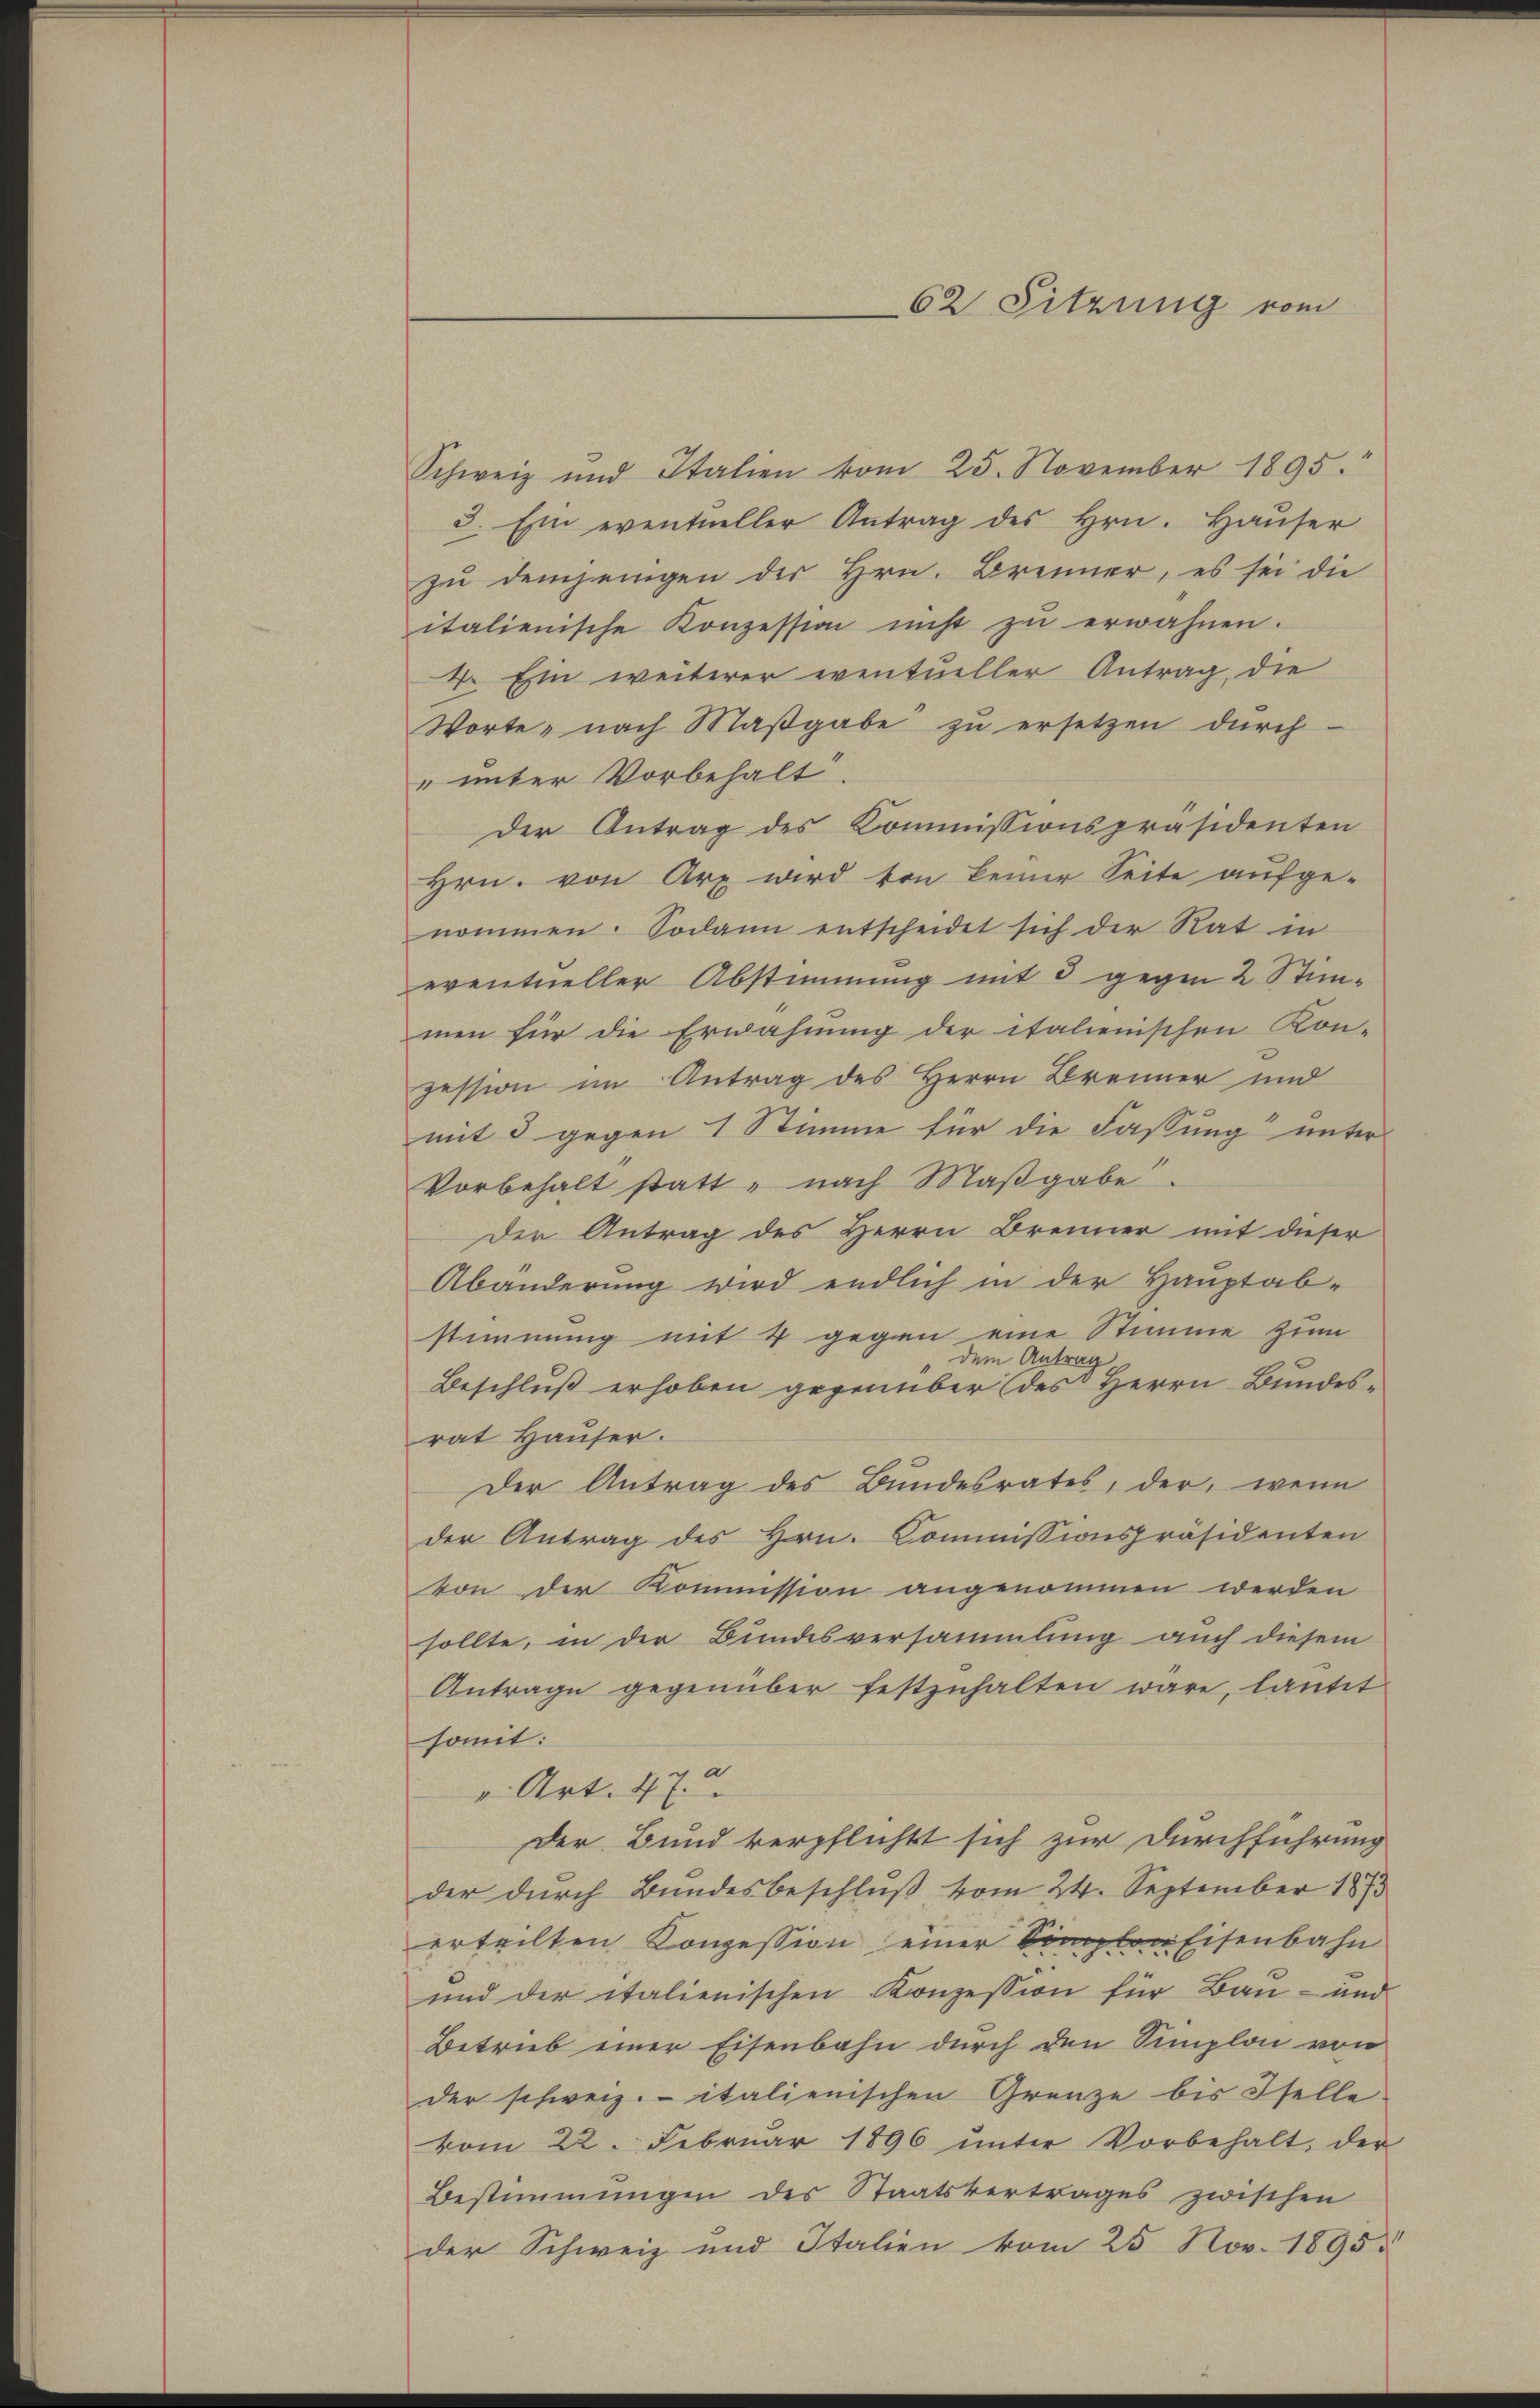
Schweiz und Italien vom 25. November 1895.
3. Ein eventueller Antrag des Hrn. Haŭser
zu demjenigen der Hrn. Brenner, es sei die
italienische Konzession nicht zu erwähnen.
4. Ein weiterer eventueller Antrag, die
Worte, nach Maβgabe zŭ ersetzen durch
" unter Vorbehalt.
Der Antrag des Kommissionspräsidenten
Hrn. von Arx wird von keiner Seite aufge-
nommen. Sodann entscheidet sich der Rat in
eventueller Abstimmung mit 3 gegen 2 Stimmen für die Erwähnung der italienischen Kon-
zession im Antrag des Herrn Brenner und
mit 5 gegen 1 Stimme für die Fassung unter
Vorbehalt statt - nach Maßgabe
Der Antrag des Herrn Brenner mit dieser
Abänderung wird endlich in der Hauptab-
stimmung mit 4 gegen eine Stimme zum
dem Antrag
Beschluß erhoben gegenüber des Herrn Bundes-
rat Hauser.
Der Antrag des Bundesrates, der, wenn
der Antrag des Hrn. Commissionspräsidenten
von der Kommission angenommen werden
sollte, in der Bundesversammlung auch diesem
Antrage gegenüber festzuhalten wäre, lautet
somit:
 Art. 47.
Der Bund verpflichtt sich zur Durchführung
der durch Bundesbeschluß vom 24. September 1873
erteilten Konzession einer Simplon Eisenbahn
und der italienischen Konzession für Bau- und
Betrieb einer Eisenbahn durch den Simplon von
der schweiz. italienischen Grenze bis Iselle.
vom 22. Februar 1896 ŭnter Vorbehalt, der
Bestimmungen des Staatsvertrages zwischen
der Schweiz und Italien vom 25. Nov. 1895.

62 Sitzung vom